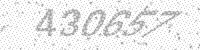
Solution: 430657